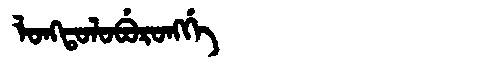
Manchu: ᠯᠣᠩᡨᠣᠯᠣᠪᡠᡵᠣᠩᡤᡝ
Romanization: LONGTOLOBURONGGE